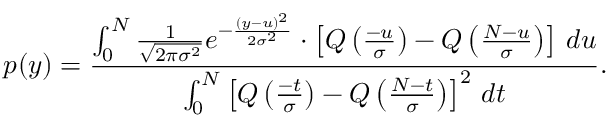
p ( y ) = \frac { \int _ { 0 } ^ { N } \frac { 1 } { \sqrt { 2 \pi \sigma ^ { 2 } } } e ^ { - \frac { ( y - u ) ^ { 2 } } { 2 \sigma ^ { 2 } } } \cdot \left[ Q \left( \frac { - u } { \sigma } \right) - Q \left( \frac { N - u } { \sigma } \right) \right] \, d u } { \int _ { 0 } ^ { N } \left[ Q \left( \frac { - t } { \sigma } \right) - Q \left( \frac { N - t } { \sigma } \right) \right] ^ { 2 } \, d t } .